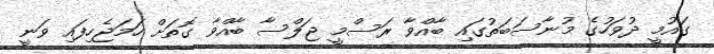
ގައުމީ ދުވަހުގެ މުނާސަބަތުގައި ބާއްވާ ރަސްމީ ޖަލްސާ ބާއްވާ ގޮތަށް ހަމަޖެހިފައި ވަނީ